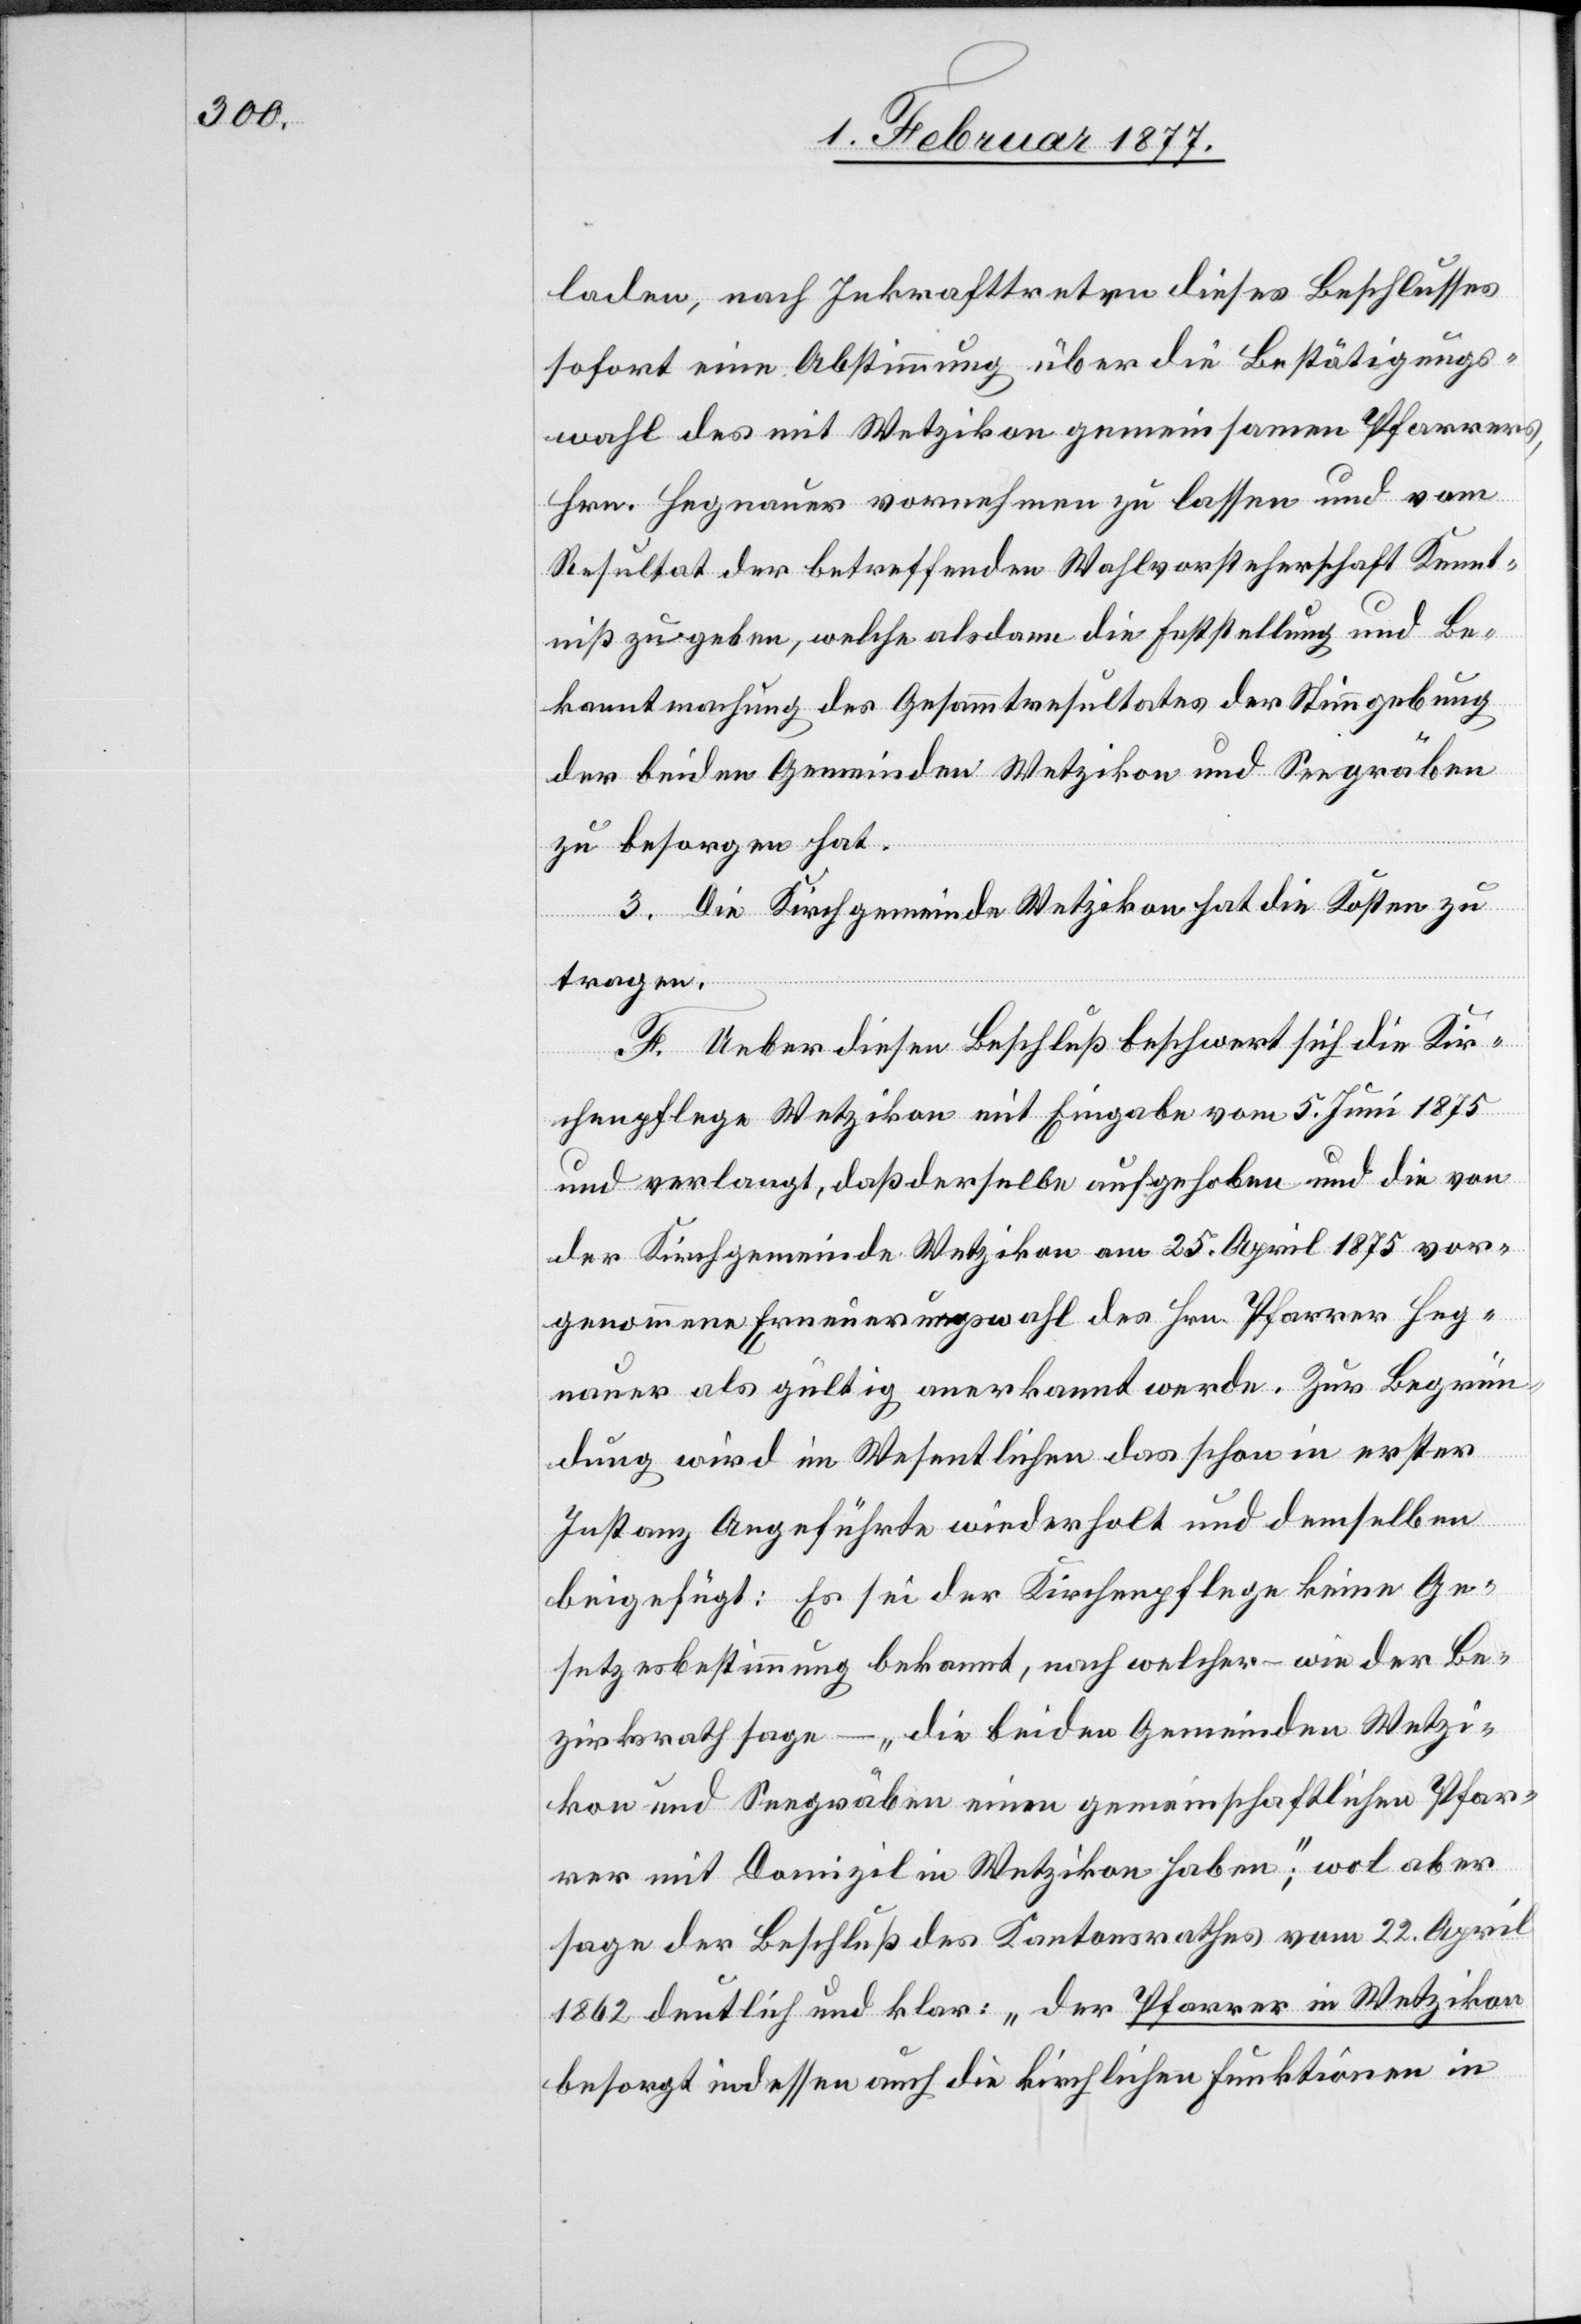
laden, nach Inkrafttreten dieses Beschlusses
sofort eine Abstimmung über die Bestätigungs¬
wahl des mit Wetzikon gemeinsamen Pfarrers,
Hrn. Hegnauer vornehmen zu lassen und vom
Resultat der betreffenden Wahlvorsteherschaft Kennt¬
niß zu geben, welche alsdann die Feststellung und Be¬
kanntmachung des Gesammtresultates der Stimmgebung
der beiden Gemeinden Wetzikon und Seegräben
zu besorgen hat.
3. Die Kirchgemeinde Wetzikon hat die Kosten zu
tragen.
F. Ueber diesen Beschluß beschwert sich die Kir¬
chenpflege Wetzikon mit Eingabe vom 5. Juni 1875
und verlangt, daß derselbe aufgehoben und die von
der Kirchgemeinde Wetzikon am 25. April 1875 vor¬
genommene Erneuerungswahl des Hrn. Pfarrer Heg¬
nauer als gültig anerkannt werde. Zur Begrün¬
dung wird im Wesentlichen das schon in erster
Instanz Angeführte wiederholt und demselben
beigefügt: Es sei der Kirchenpflege keine Ge¬
setzesbestimmung bekannt, nach welcher – wie der Be¬
zirksrath sage – „die beiden Gemeinden Wetzi¬
kon und Seegräben einen gemeinschaftlichen Pfar¬
rer mit Domizil Wetzikon haben“; wol aber
sage der Beschluß des Kantonsrathes vom 22. April
1862 deutlich und klar: „der Pfarrer in Wetzikon
besorgt indessen auch die kirchlichen Funktionen in